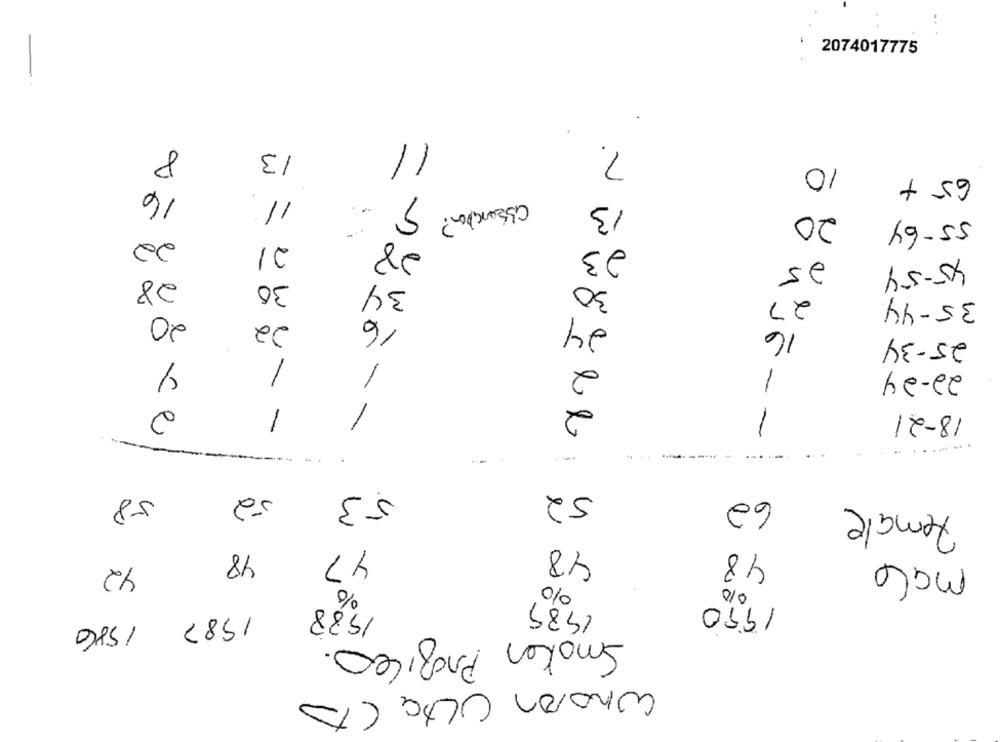
2074017775
11
7.
13
10
65 +
16
11
assencion? S
13
20
55-64
22
21
28
23
25
45-54
28
30
30
34
27
35-44
20
16
24
22
16
25-34
1
2
22-24
-
-
2
2
18-21
1
-
-
---
58
52
53
52
62
Female
18
48
y7
48
male
42
010
1988
1989
1990
2º
1987 1586
Smaken
Proficio.
Curaran ULsa (1)